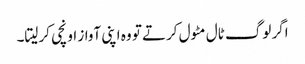
اگر لوگ ٹال مٹول کرتے تو وہ اپنی آواز اونچی کرلیتا۔